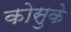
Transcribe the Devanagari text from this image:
कोसुके